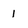
Character: 1